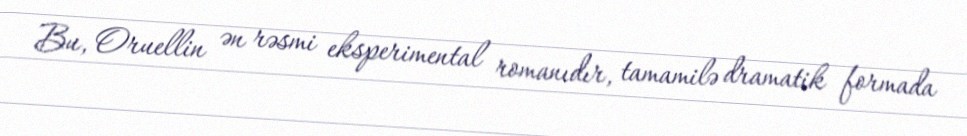
Bu, Oruellin ən rəsmi eksperimental romanıdır, tamamilə dramatik formada